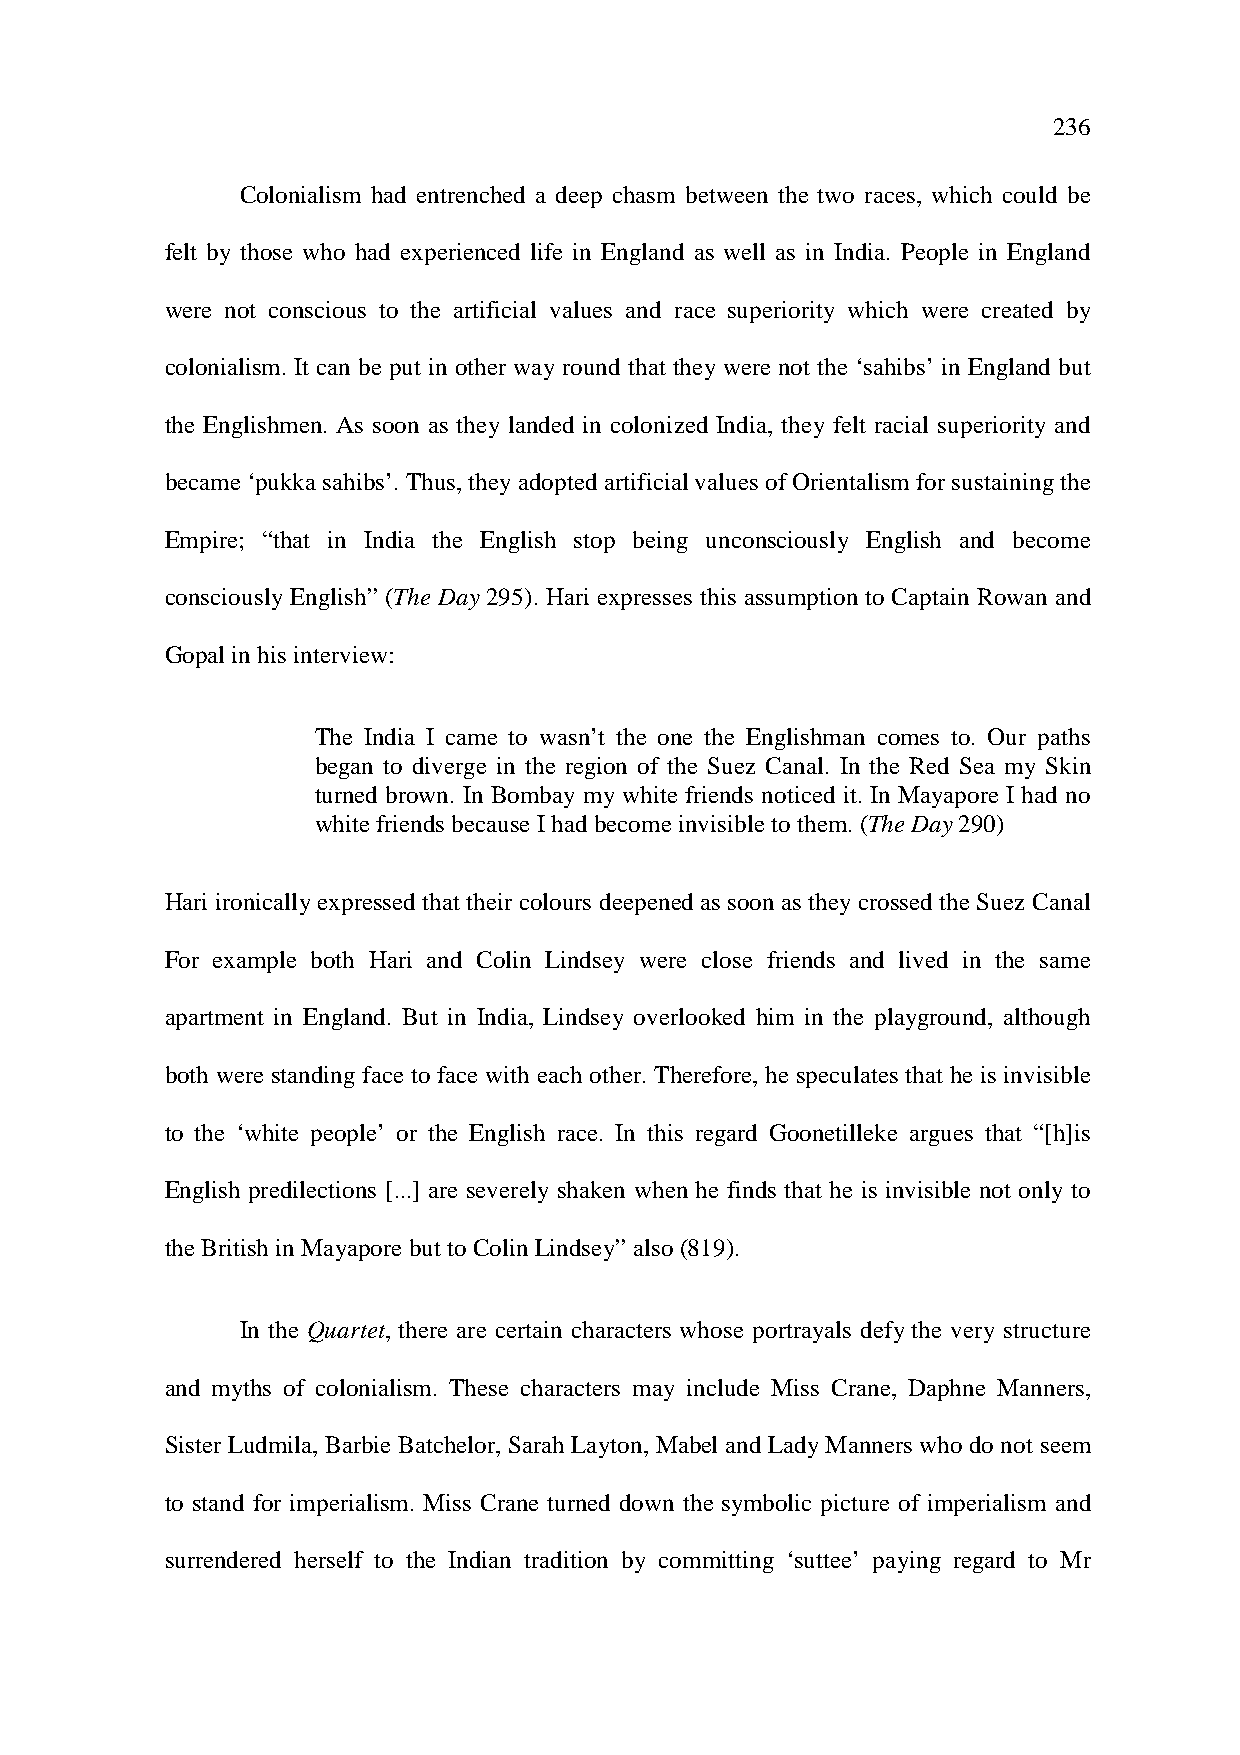
236
 Colonialism had entrenched a deep chasm between the two races, which could be
 felt by those who had experienced life in England as well as in India. People in England
 were not conscious to the artificial values and race superiority which were created by
 colonialism. It can be put in other way round that they were not the ‘sahibs’ in England but
 the Englishmen. As soon as they landed in colonized India, they felt racial superiority and
 became ‘pukka sahibs’. Thus, they adopted artificial values of Orientalism for sustaining the
 Empire; “that in India the English stop being unconsciously English and become
 consciously English” (The Day 295). Hari expresses this assumption to Captain Rowan and
 Gopal in his interview:
 The India I came to wasn’t the one the Englishman comes to. Our paths
 began to diverge in the region of the Suez Canal. In the Red Sea my Skin
 turned brown. In Bombay my white friends noticed it. In Mayapore I had no
 white friends because I had become invisible to them. (The Day 290)
 Hari ironically expressed that their colours deepened as soon as they crossed the Suez Canal
 For example both Hari and Colin Lindsey were close friends and lived in the same
 apartment in England. But in India, Lindsey overlooked him in the playground, although
 both were standing face to face with each other. Therefore, he speculates that he is invisible
 to the ‘white people’ or the English race. In this regard Goonetilleke argues that “[h]is
 English predilections [...] are severely shaken when he finds that he is invisible not only to
 the British in Mayapore but to Colin Lindsey” also (819).
 In the Quartet, there are certain characters whose portrayals defy the very structure
 and myths of colonialism. These characters may include Miss Crane, Daphne Manners,
 Sister Ludmila, Barbie Batchelor, Sarah Layton, Mabel and Lady Manners who do not seem
 to stand for imperialism. Miss Crane turned down the symbolic picture of imperialism and
 surrendered herself to the Indian tradition by committing ‘suttee’ paying regard to Mr